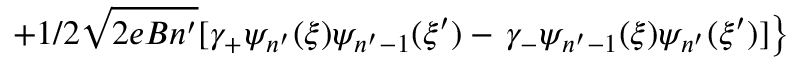
+ 1 / 2 \sqrt { 2 e B n ^ { \prime } } [ \gamma _ { + } \psi _ { n ^ { \prime } } ( \xi ) \psi _ { n ^ { \prime } - 1 } ( \xi ^ { \prime } ) - \left. \gamma _ { - } \psi _ { n ^ { \prime } - 1 } ( \xi ) \psi _ { n ^ { \prime } } ( \xi ^ { \prime } ) ] \right\}